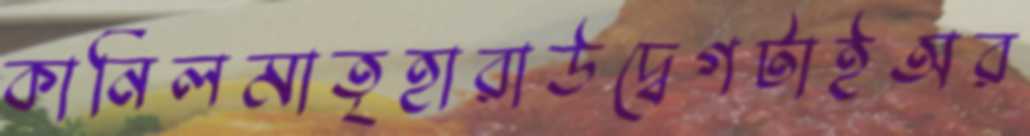
কানিলমাতৃহারাউদ্বেগটাইঅর